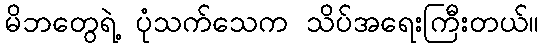
မိဘတွေရဲ့ ပုံသက်သေက သိပ်အရေးကြီးတယ်။